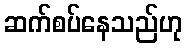
ဆက်စပ်နေသည်ဟု